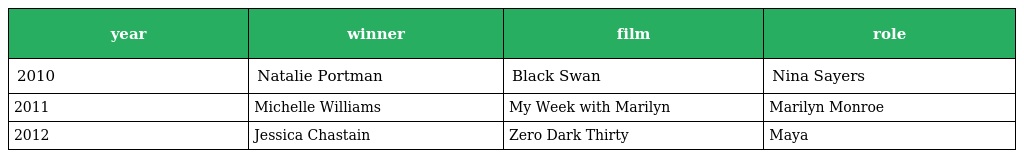
| year | winner | film | role |
 | --- | --- | --- | --- |
 | 2010 | Natalie Portman | Black Swan | Nina Sayers |
 | 2011 | Michelle Williams | My Week with Marilyn | Marilyn Monroe |
 | 2012 | Jessica Chastain | Zero Dark Thirty | Maya |